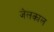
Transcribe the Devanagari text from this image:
जेलकाल